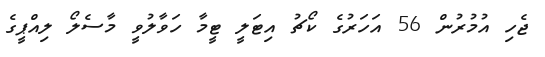
ޖެހި އުމުރުން 56 އަހަރުގެ ކޯޗު އިޓަލީ ޓީމާ ހަވާލުވީ މާސެލޯ ލިއްޕީގެ